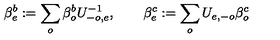
\beta _ { e } ^ { b } : = \sum _ { o } \beta _ { o } ^ { b } U _ { - o , e } ^ { - 1 } , \qquad \beta _ { e } ^ { c } : = \sum _ { o } U _ { e , - o } \beta _ { o } ^ { c } \,